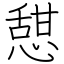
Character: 憇